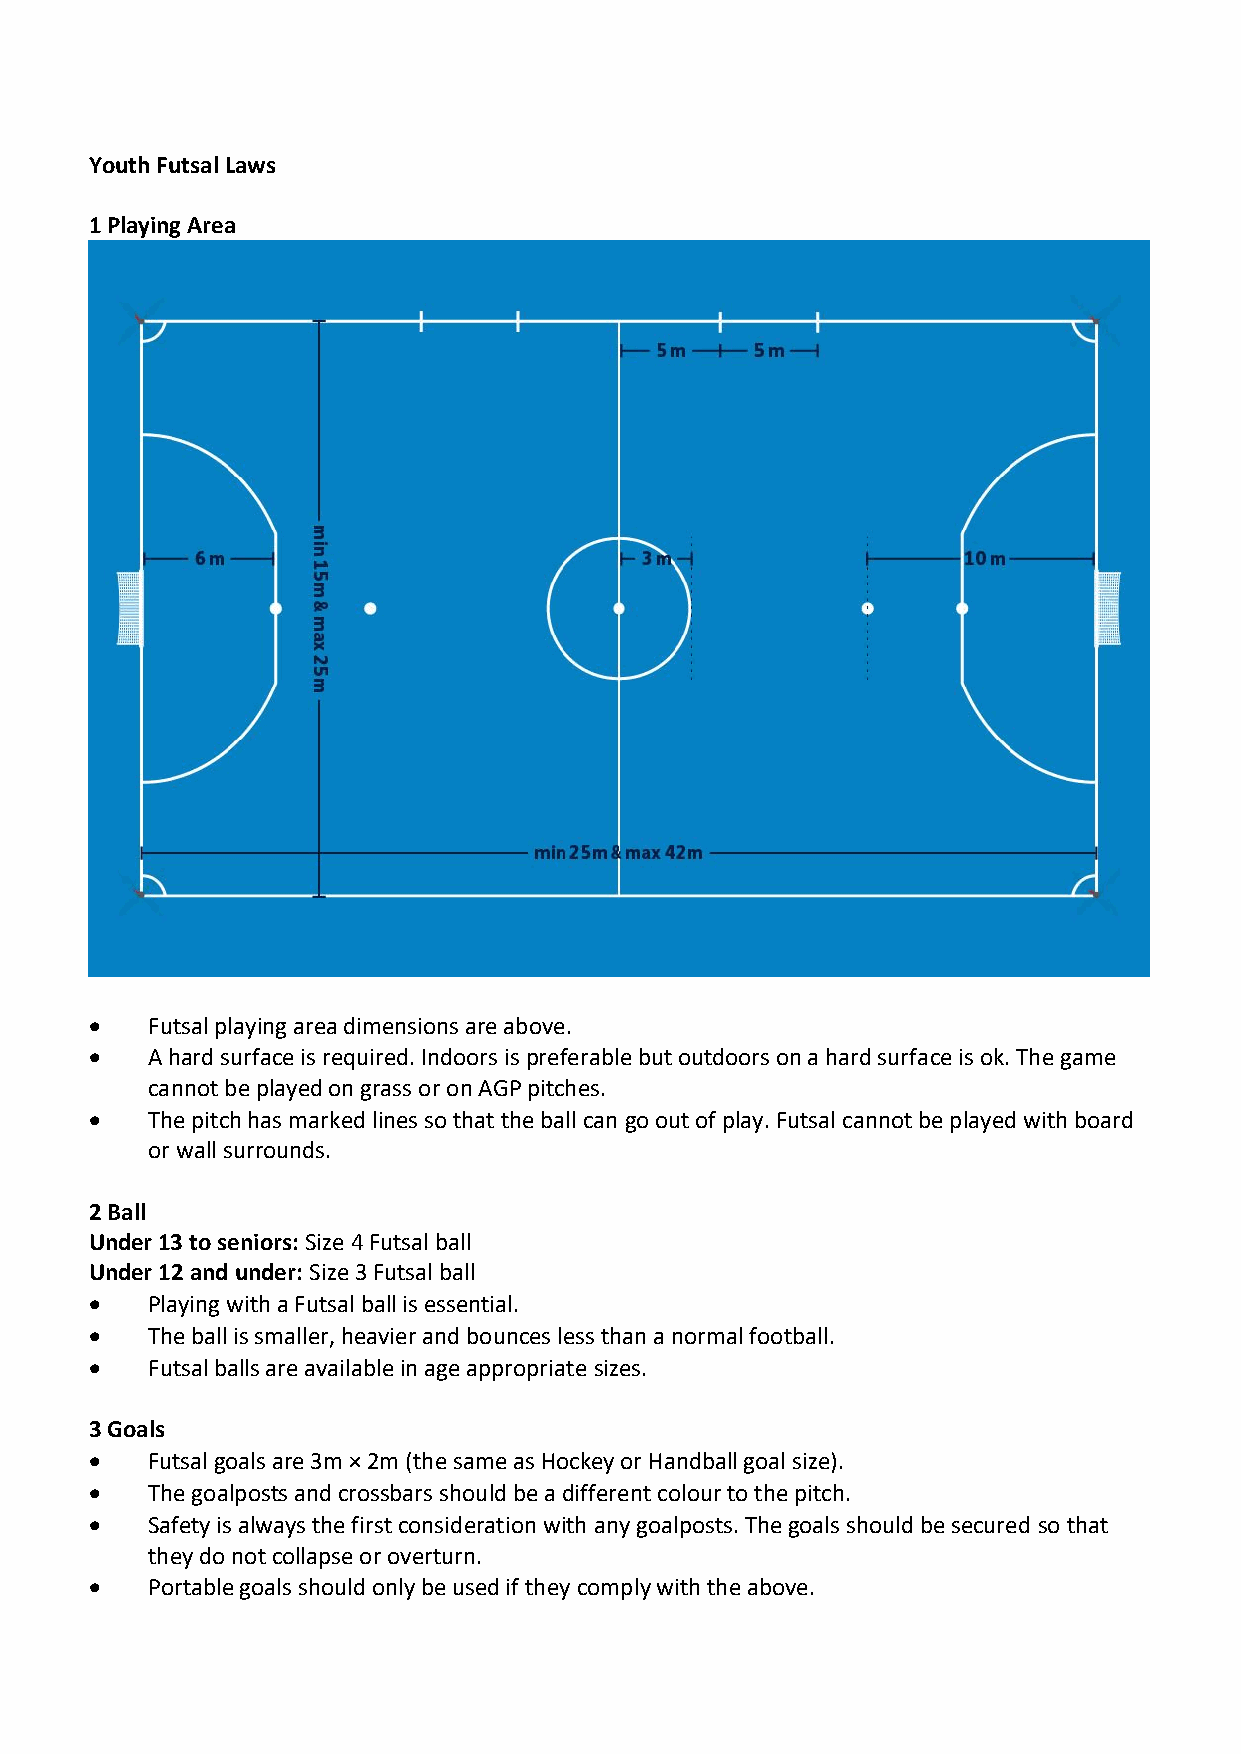
Youth Futsal Laws
 1 Playing Area
 •   Futsal playing area dimensions are above.
 •   A hard surface is required. Indoors is preferable but outdoors on a hard surface is ok. The game
 cannot be played on grass or on AGP pitches.
 •   The pitch has marked lines so that the ball can go out of play. Futsal cannot be played with board
 or wall surrounds.
 2 Ball
 Under 13 to seniors: Size 4 Futsal ball
 Under 12 and under: Size 3 Futsal ball
 •   Playing with a Futsal ball is essential.
 •   The ball is smaller, heavier and bounces less than a normal football.
 •   Futsal balls are available in age appropriate sizes.
 3 Goals
 •   Futsal goals are 3m × 2m (the same as Hockey or Handball goal size).
 •   The goalposts and crossbars should be a different colour to the pitch.
 •   Safety is always the first consideration with any goalposts. The goals should be secured so that
 they do not collapse or overturn.
 •   Portable goals should only be used if they comply with the above.